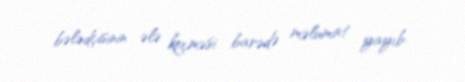
bələdçisinin ələ keçməsi barədə məlumat yayıb.